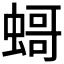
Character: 𧎺